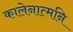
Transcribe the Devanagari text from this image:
कालेनात्मनि